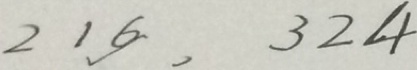
2 1 6 , 3 2 4